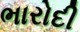
ભારોદી